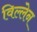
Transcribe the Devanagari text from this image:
विल्लेन